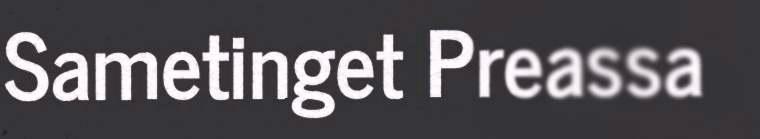
Sametinget Preassa